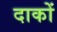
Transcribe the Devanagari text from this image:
दाकों